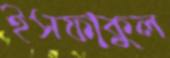
ইসফাকুল